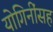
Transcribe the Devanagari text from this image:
योगिनींसह